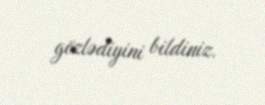
gözlədiyini bildiniz.